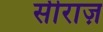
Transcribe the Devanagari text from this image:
सीराज़